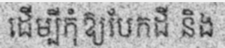
ដើម្បីកុំឱ្យបែកដី និង